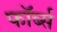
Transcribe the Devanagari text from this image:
फॉर्ब्स